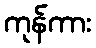
ကုန်ကား